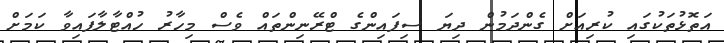
އަތޮޅުތަކުގައި ކުރިއަށް ގެންދަމުން ދިޔަ ސިފައިންގެ ޓްރޭނިންތައް ވެސް މިހާރު ހުއްޓާލާފައިވާ ކަމަށް